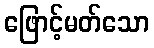
ဖြောင့်မတ်သော